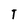
Character: T